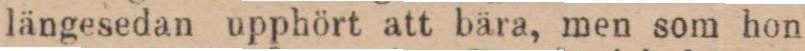
längesedan upphört att bära, men som hon